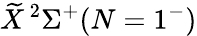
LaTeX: \widetilde{X}\, ^{2}\Sigma^{+}(N=1^{-})